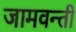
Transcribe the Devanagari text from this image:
जामवन्ती